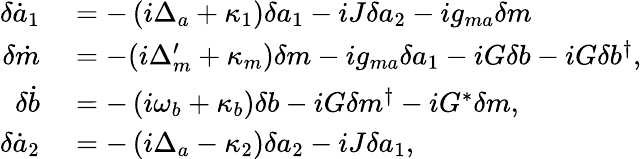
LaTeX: \begin{array}{rl}{\delta\dot{a}_{1}}&{{}=-\left(i\Delta_{a}+\kappa_{1}\right)\delta a_{1}-iJ\delta a_{2}-ig_{ma}\delta m}\\ {\delta\dot{m}}&{{}=-(i\Delta_{m}^{\prime}+\kappa_{m})\delta m-ig_{ma}\delta a_{1}-iG\delta b-iG\delta b^{\dagger},}\\ {\delta\dot{b}}&{{}=-\left(i\omega_{b}+\kappa_{b}\right)\delta b-iG\delta m^{\dagger}-iG^{*}\delta m,}\\ {\delta\dot{a}_{2}}&{{}=-\left(i\Delta_{a}-\kappa_{2}\right)\delta a_{2}-iJ\delta a_{1},}\end{array}